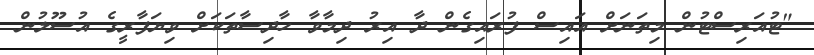
"ޓުއަރިސްޓުން މިތަނަށް އައިސް ފުރައިގެން ދާ އިރު ދިމާވާ ހާދިސާތަކަށް ވިޔަފާރީގެ އުސޫލުން